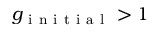
g _ { \mathrm { ~ i ~ n ~ i ~ t ~ i ~ a ~ l ~ } } > 1